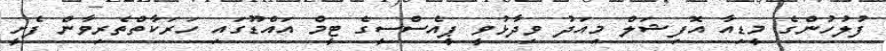
ފުލުހުންގެ މީޑިއާ އޮފިޝަލް މިއަދު ވިދާޅުވީ ޕީއެސްސީގެ ޓީމް އައްޑޫގައި ހަރަކާތްތެރިވާން ފެށީ